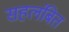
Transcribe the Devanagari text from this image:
सहलंबित